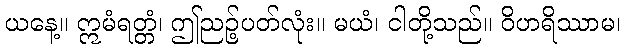
ယနေ့။ ဣမံရတ္တံ၊ ဤညဉ့်ပတ်လုံး။ မယံ၊ ငါတို့သည်။ ဝိဟရိဿာမ၊